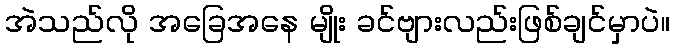
အဲသည်လို အခြေအနေ မျိုး ခင်ဗျားလည်းဖြစ်ချင်မှာပဲ။